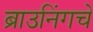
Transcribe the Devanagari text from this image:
ब्राउनिंगचे